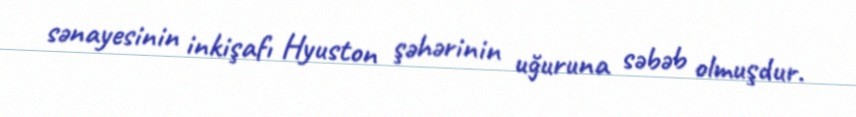
sənayesinin inkişafı Hyuston şəhərinin uğuruna səbəb olmuşdur.